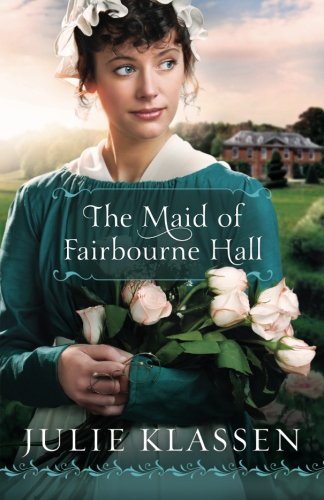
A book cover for The Maid of Fairbourne Hall; Julie Klassen; Romance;